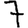
Digit: 7